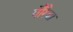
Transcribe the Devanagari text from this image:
गौरैवा